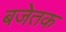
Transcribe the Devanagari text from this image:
बजेतक